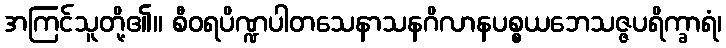
အကြင်သူတို့၏။ စီဝရပိဏ္ဍပါတသေနာသနဂိလာနပစ္စယဘေသဇ္ဇပရိက္ခာရံ၊